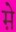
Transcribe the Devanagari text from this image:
म़े